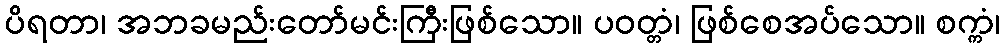
ပိရတာ၊ အဘခမည်းတော်မင်းကြီးဖြစ်သော။ ပဝတ္တံ၊ ဖြစ်စေအပ်သော။ စက္ကံ၊